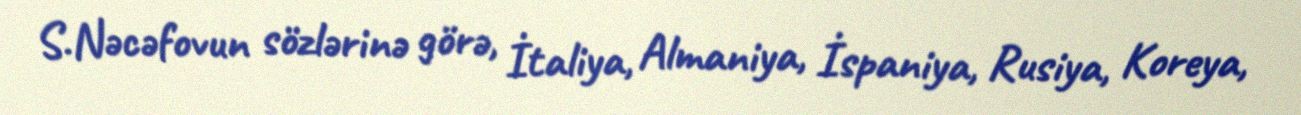
S.Nəcəfovun sözlərinə görə, İtaliya, Almaniya, İspaniya, Rusiya, Koreya,